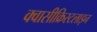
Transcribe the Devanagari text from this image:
क्वासीक्रिस्टलाइन